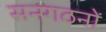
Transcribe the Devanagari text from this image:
सनगठनों